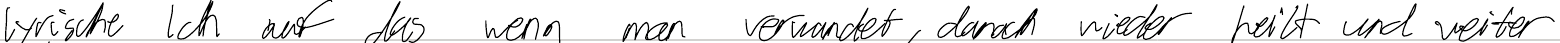
lyrische Ich auf das wenn man verwundet, danach wieder heilt und weiter